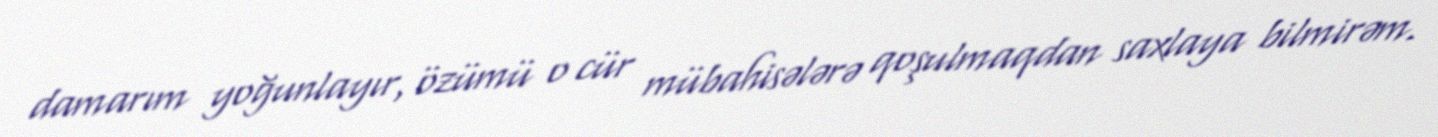
damarım yoğunlayır, özümü o cür mübahisələrə qoşulmaqdan saxlaya bilmirəm.